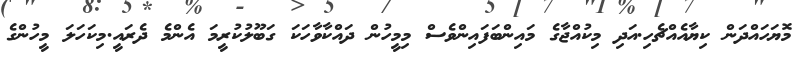
މޮޔަހައްދަން ކިޔާއެއްޗެހި.އަދި މިކުއްޖާގެ މައިންބަފައިންވެސް މިމީހުން ދައްކާވާހަކަ ގަބޫލުކުރީމަ އެންމެ ދެރައީ.މިކަހަލަ މީހުންގެ